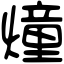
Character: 燑